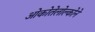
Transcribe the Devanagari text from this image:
ओकोतेलोल्कोने